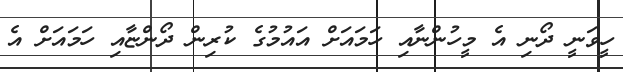
ހީވަނީ ދޯނި އެ މީހުންނާއި ހަމައަށް އައުމުގެ ކުރިން ދޯންޏާއި ހަމައަށް އެ